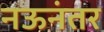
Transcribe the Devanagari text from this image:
नऊनंतर